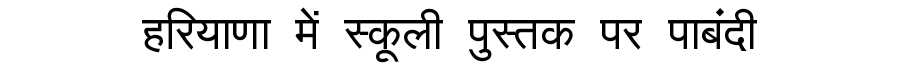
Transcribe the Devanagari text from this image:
हरियाणा में स्कूली पुस्तक पर पाबंदी